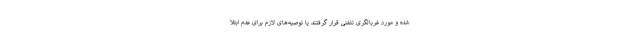
شده و مورد غربالگری تلفنی قرار گرفتند یا توصیه‌های لازم برای عدم ابتلا